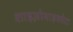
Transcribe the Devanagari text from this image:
शाइज़ोमाइकोटा